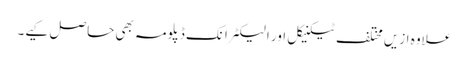
علاوہ ازیں مختلف ٹیکنیکل اور الیکٹرانک ڈپلومہ بھی حاصل کیے۔